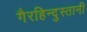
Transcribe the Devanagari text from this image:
गैरहिन्दुस्तानी